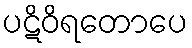
ပဋိဝိရတောပေ